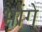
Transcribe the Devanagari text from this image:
भोंगे